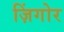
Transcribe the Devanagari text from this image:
ज़िंगोर